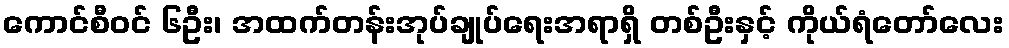
ကောင်စီဝင် ၆ဦး၊ အထက်တန်းအုပ်ချုပ်ရေးအရာရှိ တစ်ဦးနှင့် ကိုယ်ရံတော်လေး